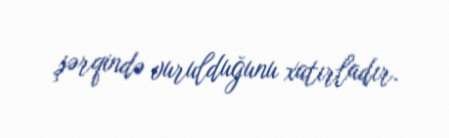
şərqində vurulduğunu xatırladır.